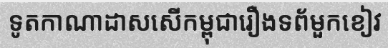
ទូតកាណាដាសសើកម្ពុជារឿងទព័មួកខៀវ